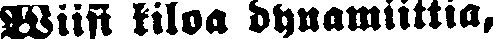
Wiisi kiloa dynamiittia,